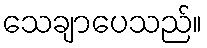
သေချာပေသည်။